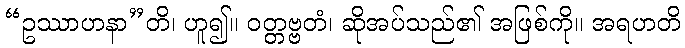
“ဥဿာဟနာ”တိ၊ ဟူ၍။ ဝတ္တဗ္ဗတံ၊ ဆိုအပ်သည်၏ အဖြစ်ကို။ အရဟတိ